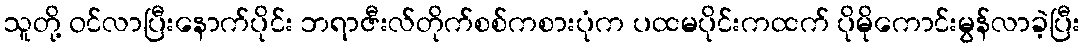
သူတို့ ဝင်လာပြီးနောက်ပိုင်း ဘရာဇီးလ်တိုက်စစ်ကစားပုံက ပထမပိုင်းကထက် ပိုမိုကောင်းမွန်လာခဲ့ပြီး